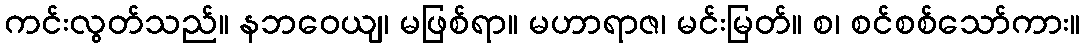
ကင်းလွတ်သည်။ နဘဝေယျ၊ မဖြစ်ရာ။ မဟာရာဇ၊ မင်းမြတ်။ စ၊ စင်စစ်သော်ကား။